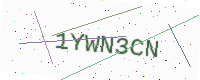
Text: 1YWN3CN